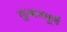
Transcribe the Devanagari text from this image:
चुनावपूर्ण